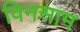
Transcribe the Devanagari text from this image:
विनसाम